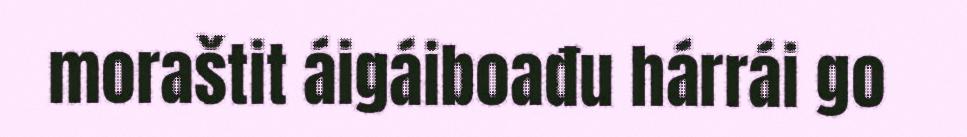
moraštit áigáiboađu hárrái go